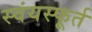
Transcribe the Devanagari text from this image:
स्वंयस्फूर्त